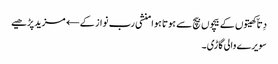
دِتاّ کھیتوں کے بیچوں بیچ سے ہوتا ہوا منشی رب نواز کے← مزید پڑھیے
سویرے والی گاڑی۔